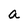
Character: a